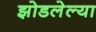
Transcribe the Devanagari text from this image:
झोडलेल्या